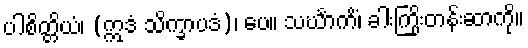
ပါစိတ္တိယံ၊ (ဣဒံ သိက္ခာပဒံ)၊ ပေ။ သင်္ဃာကိံ၊ ခါးကြိုးတန်းဆာကို။